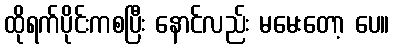
ထိုရက်ပိုင်းကစပြီး နောင်လည်း မမေးတော့ ပေ။